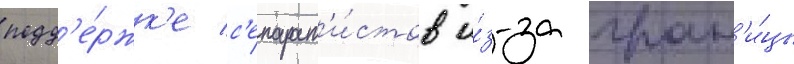
подд'е́ржк'е с'епарат'и́стов и́з-за гран'и́цы